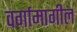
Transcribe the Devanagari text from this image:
वर्गामागील